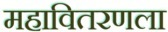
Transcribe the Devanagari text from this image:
महावितरणला